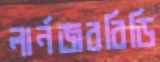
লার্নজববিডি